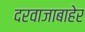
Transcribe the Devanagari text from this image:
दरवाजाबाहेर